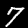
Digit: 7